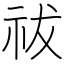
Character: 祓